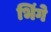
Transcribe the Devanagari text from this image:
भिंगे